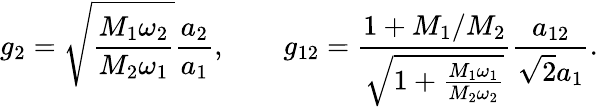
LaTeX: g_{2}=\sqrt{\frac{M_{1}\omega_{2}}{M_{2}\omega_{1}}}\frac{a_{2}}{a_{1}},\qquad g_{12}=\frac{1+M_{1}/M_{2}}{\sqrt{1+\frac{M_{1}\omega_{1}}{M_{2}\omega_{2}}}}\frac{a_{12}}{\sqrt{2}a_{1}}.